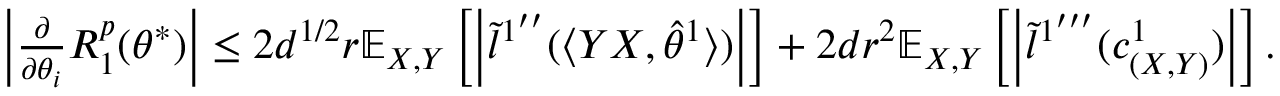
\begin{array} { r } { \left| \frac { \partial } { \partial \theta _ { i } } R _ { 1 } ^ { p } ( \theta ^ { * } ) \right| \leq 2 d ^ { 1 / 2 } r \mathbb { E } _ { X , Y } \left[ \left| \tilde { l } ^ { 1 ^ { \prime \prime } } ( \langle Y X , \hat { \theta } ^ { 1 } \rangle ) \right| \right] + 2 d r ^ { 2 } \mathbb { E } _ { X , Y } \left[ \left| \tilde { l } ^ { 1 ^ { \prime \prime \prime } } ( c _ { ( X , Y ) } ^ { 1 } ) \right| \right] . } \end{array}